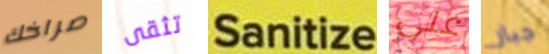
صراخك تثقى Sanitize على جبار